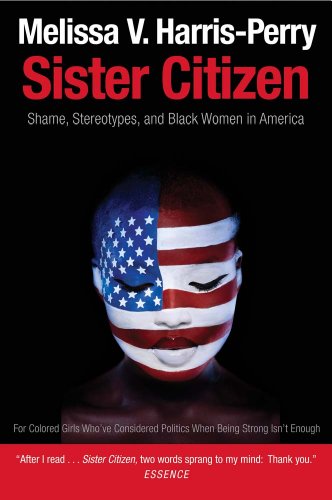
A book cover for Sister Citizen: Shame, Stereotypes, and Black Women in America; Melissa V. Harris-Perry; History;